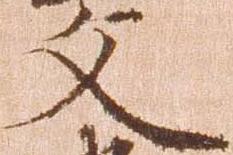
文